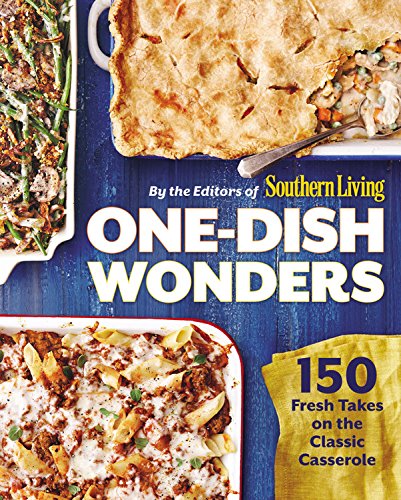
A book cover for One-Dish Wonders: 150 Fresh Takes on the Classic Casserole; The Editors of Southern Living Magazine; Cookbooks, Food & Wine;